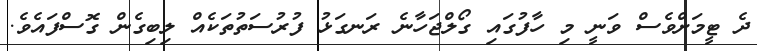
ދެ ޓީމަށްވެސް ވަނީ މި ހާފުގައި ގޯލްޖަހާނެ ރަނގަޅު ފުރުސަތުތަކެއް ލިބިގެން ގޮސްފައެވެ.